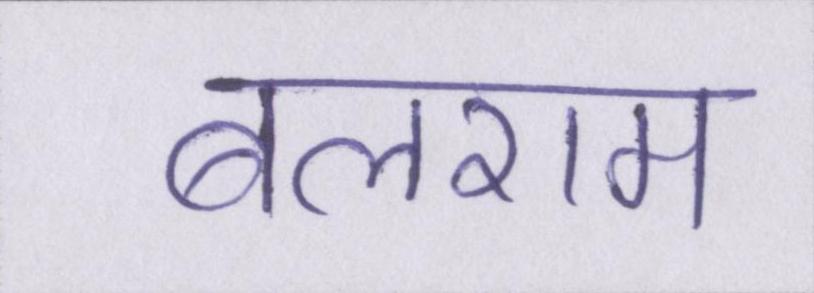
बलराम